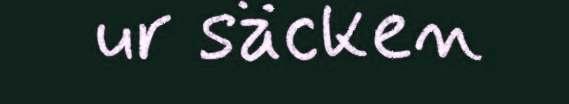
ur säcken